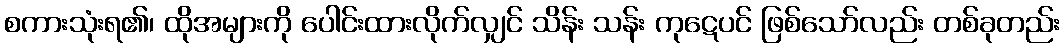
စကားသုံးရ၏၊ ထိုအများကို ပေါင်းထားလိုက်လျှင် သိန်း သန်း ကုဋေပင် ဖြစ်သော်လည်း တစ်ခုတည်း